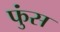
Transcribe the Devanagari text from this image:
फुंस